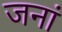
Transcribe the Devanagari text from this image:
जनां